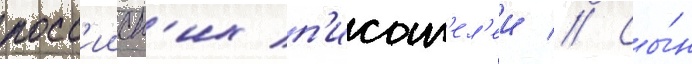
росс'ииск'их п'исат'ел'еи // Сы́н